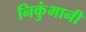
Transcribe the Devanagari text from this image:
निकुंभानी